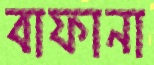
বাফানা